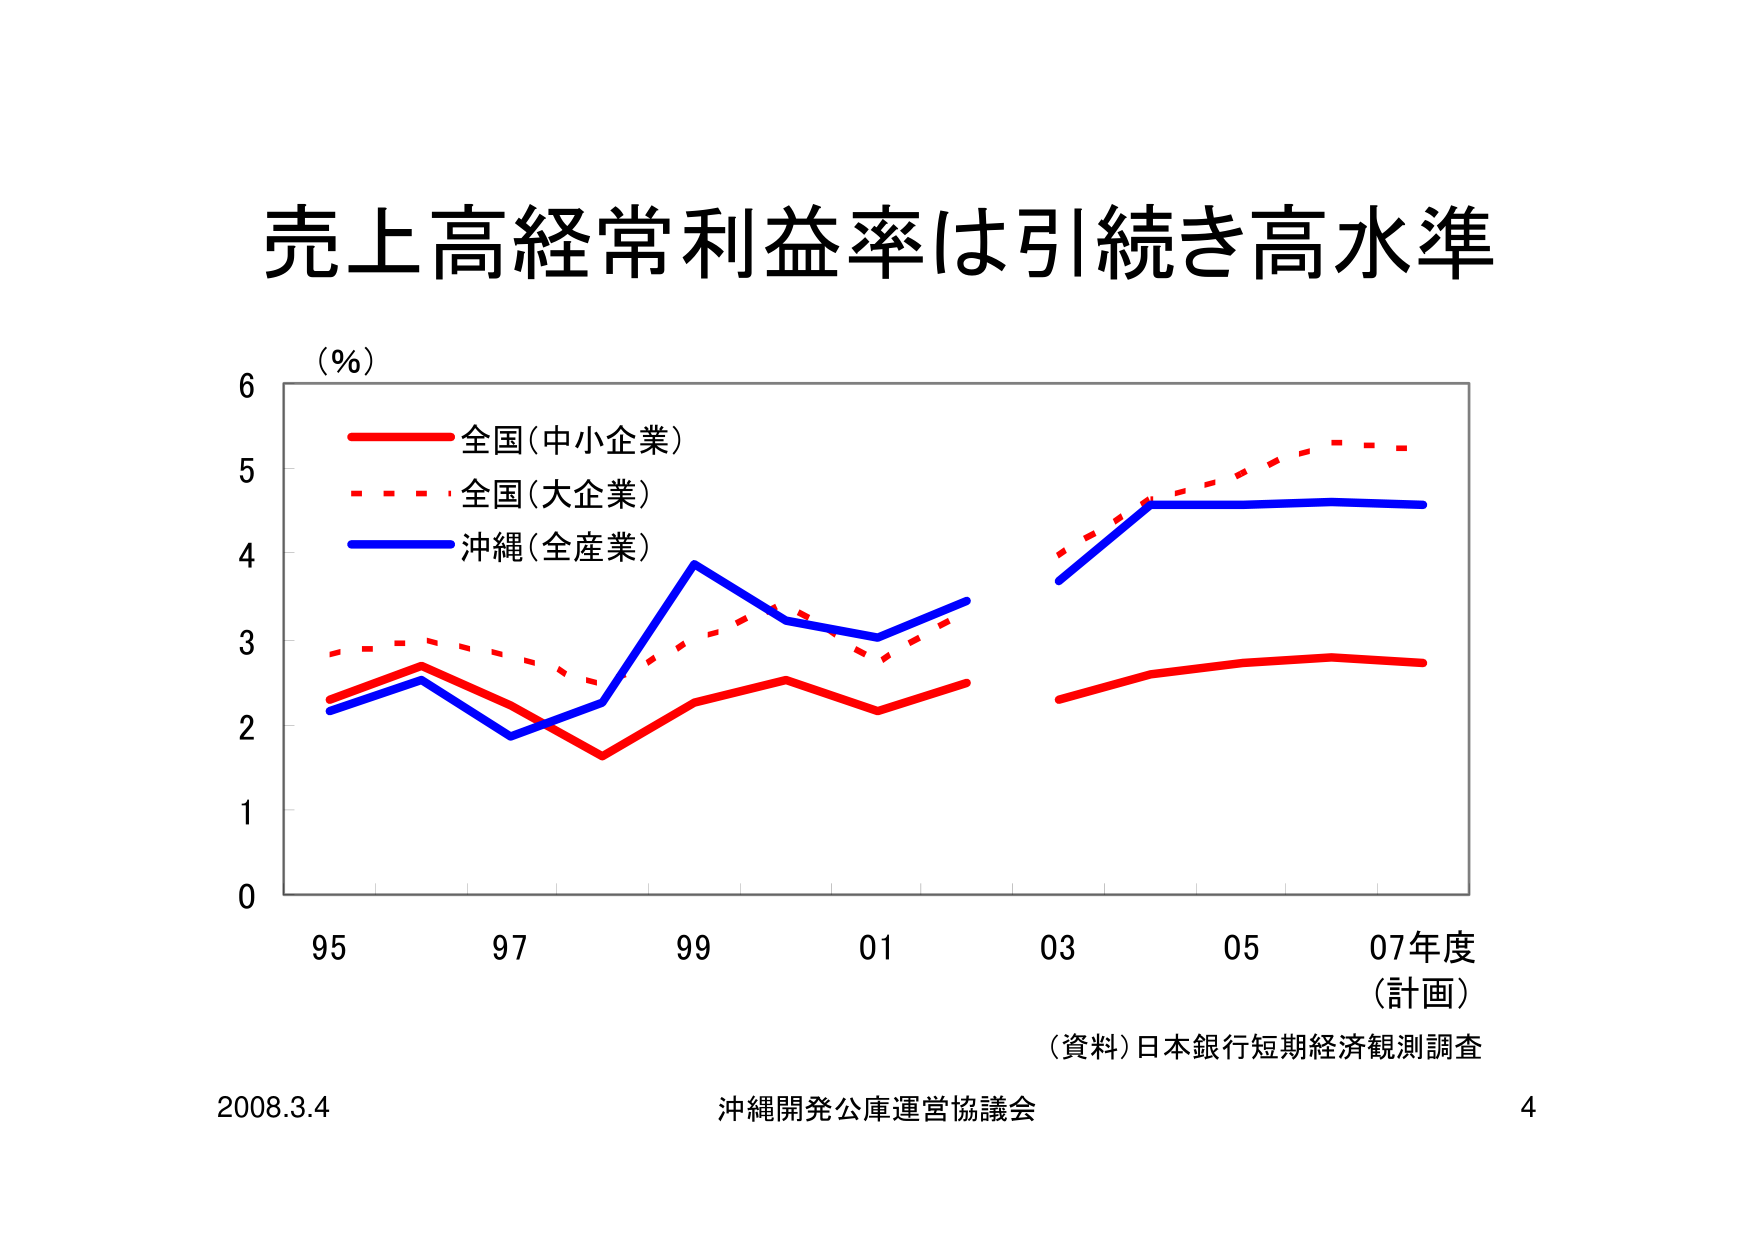
売上高経常利益率は引続き高水準

（％）
6
5
4
3
2
1
0

全国（中小企業）
全国（大企業）
沖縄（全産業）

95　97　99　01　03　05　07年度
（計画）

（資料）日本銀行短期経済観測調査

2008.3.4　沖縄開発公庫運営協議会　4